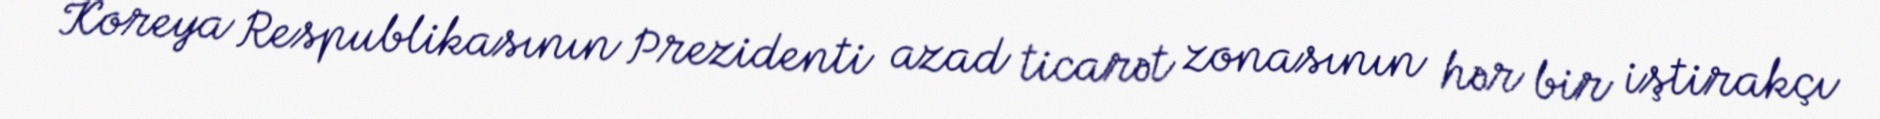
Koreya Respublikasının Prezidenti azad ticarət zonasının hər bir iştirakçı